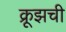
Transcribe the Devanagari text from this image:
क्रूझची